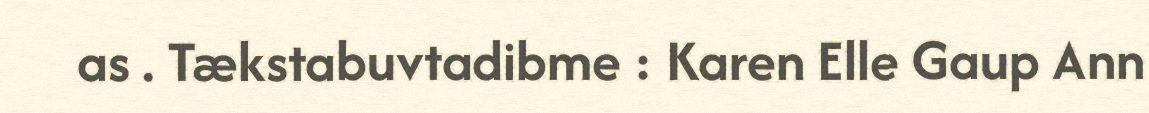
as . Tækstabuvtadibme : Karen Elle Gaup Ann